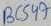
Text: BC547